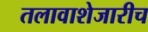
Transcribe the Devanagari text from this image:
तलावाशेजारीच